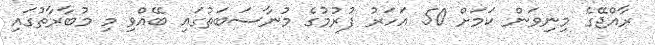
ރާއްޖޭގެ މިނިވަން ކަމަށް 50 އަހަރު ފުރުމުގެ މުނާސަބަތުގައި ބޭއްވި މި މުބާރާތުގައި